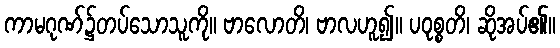
ကာမဂုဏ်၌တပ်သောသူကို။ ဗာလောတိ၊ ဗာလဟူ၍။ ပဝုစ္စတိ၊ ဆိုအပ်၏။